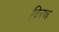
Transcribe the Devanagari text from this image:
विरथ